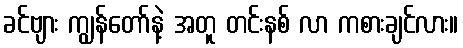
ခင်ဗျား ကျွန်တော်နဲ့ အတူ တင်းနစ် လာ ကစားချင်လား။